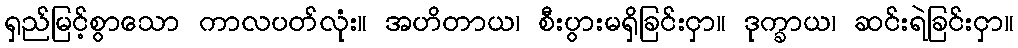
ရှည်မြင့်စွာသော ကာလပတ်လုံး။ အဟိတာယ၊ စီးပွားမရှိခြင်းငှာ။ ဒုက္ခာယ၊ ဆင်းရဲခြင်းငှာ။